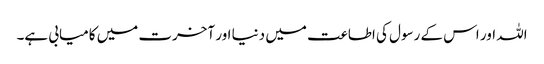
اللہ اور اس کے رسول کی اطاعت میں دنیا اور آخرت میں کامیابی ہے۔